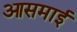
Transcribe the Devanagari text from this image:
आसमाई